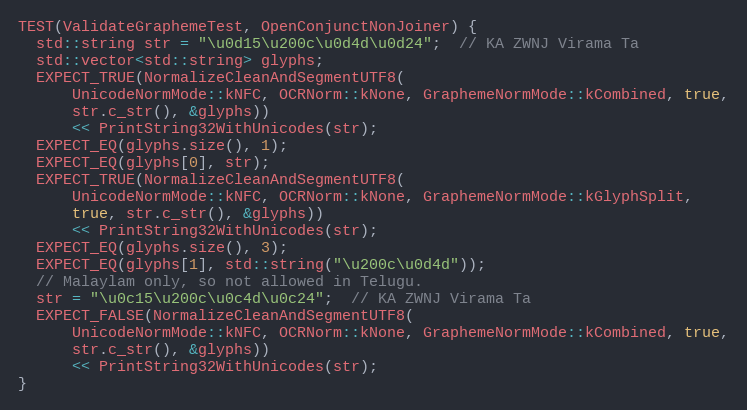
Language: C++
TEST(ValidateGraphemeTest, OpenConjunctNonJoiner) {
  std::string str = "\u0d15\u200c\u0d4d\u0d24";  // KA ZWNJ Virama Ta
  std::vector<std::string> glyphs;
  EXPECT_TRUE(NormalizeCleanAndSegmentUTF8(
      UnicodeNormMode::kNFC, OCRNorm::kNone, GraphemeNormMode::kCombined, true,
      str.c_str(), &glyphs))
      << PrintString32WithUnicodes(str);
  EXPECT_EQ(glyphs.size(), 1);
  EXPECT_EQ(glyphs[0], str);
  EXPECT_TRUE(NormalizeCleanAndSegmentUTF8(
      UnicodeNormMode::kNFC, OCRNorm::kNone, GraphemeNormMode::kGlyphSplit,
      true, str.c_str(), &glyphs))
      << PrintString32WithUnicodes(str);
  EXPECT_EQ(glyphs.size(), 3);
  EXPECT_EQ(glyphs[1], std::string("\u200c\u0d4d"));
  // Malaylam only, so not allowed in Telugu.
  str = "\u0c15\u200c\u0c4d\u0c24";  // KA ZWNJ Virama Ta
  EXPECT_FALSE(NormalizeCleanAndSegmentUTF8(
      UnicodeNormMode::kNFC, OCRNorm::kNone, GraphemeNormMode::kCombined, true,
      str.c_str(), &glyphs))
      << PrintString32WithUnicodes(str);
}